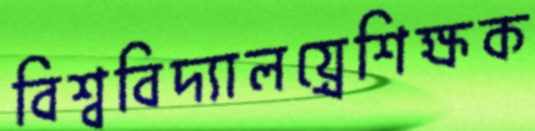
বিশ্ববিদ্যালয়্রেশিক্ষক